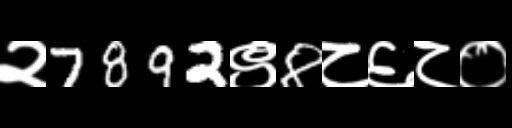
Text: २7892९8८६८०